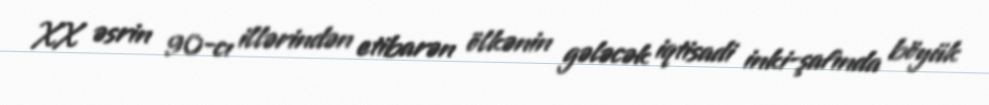
XX əsrin 90-cı illərindən etibarən ölkənin gələcək iqtisadi inki-şafında böyük